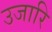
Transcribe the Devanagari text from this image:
उजारि